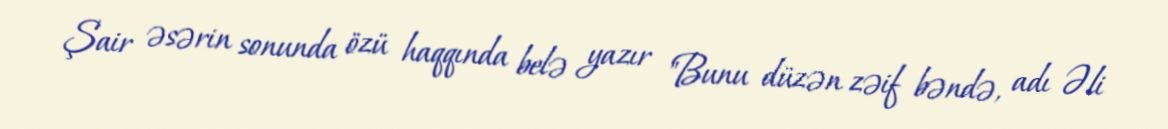
Şair əsərin sonunda özü haqqında belə yazır "Bunu düzən zəif bəndə, adı Əli